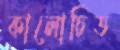
কালোচিত